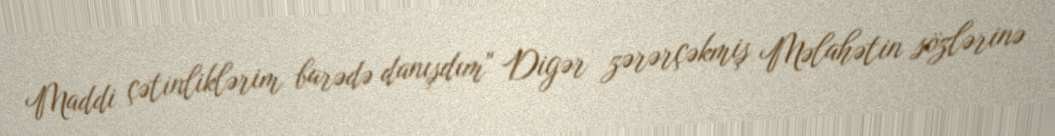
Maddi çətinliklərim barədə danışdım" Digər zərərçəkmiş Məlahətin sözlərinə